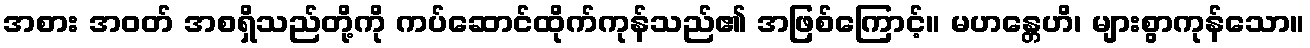
အစား အဝတ် အစရှိသည်တို့ကို ကပ်ဆောင်ထိုက်ကုန်သည်၏ အဖြစ်ကြောင့်။ မဟန္တေဟိ၊ များစွာကုန်သော။